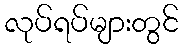
လုပ်ရပ်များတွင်